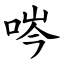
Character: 㖗